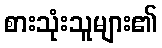
စားသုံးသူများ၏